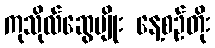
ကုသိုလ်ဆွေမျိုး နေ့စဉ်တိုး